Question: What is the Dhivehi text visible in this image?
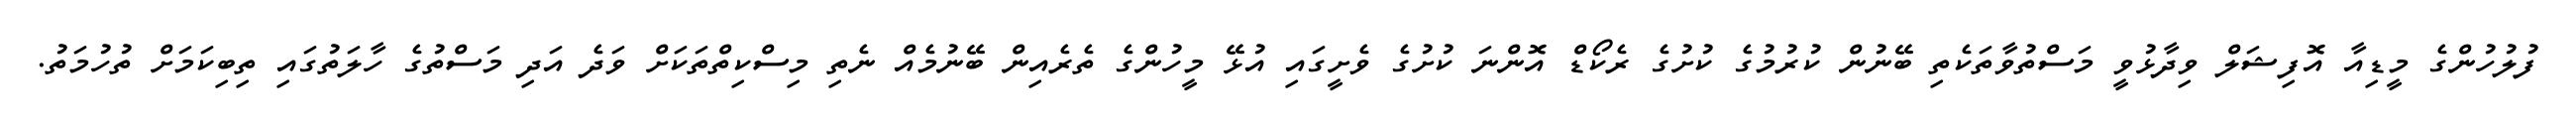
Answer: ފުލުހުންގެ މީޑިއާ އޮފިޝަލް ވިދާޅުވީ މަސްތުވާތަކެތި ބޭނުން ކުރުމުގެ ކުށުގެ ރެކޯޑް އޮންނަ ކުށުގެ ވެށީގައި އުޅޭ މީހުންގެ ތެރެއިން ބޭނުމެއް ނެތި މިސްކިތްތަކަށް ވަދެ އަދި މަސްތުގެ ހާލަތުގައި ތިބިކަމަށް ތުހުމަތު.